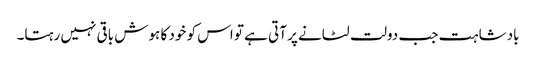
بادشاہت جب دولت لٹانے پر آتی ہے تو اس کو خود کا ہوش باقی نہیں رہتا۔